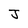
Character: J